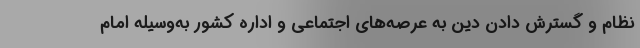
نظام و گسترش دادن دین به عرصه‌های اجتماعی و اداره کشور به‌وسیله امام